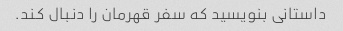
داستانی بنویسید که سفر قهرمان را دنبال کند.